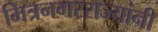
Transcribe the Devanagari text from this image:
मित्रनगरराज्यांनी